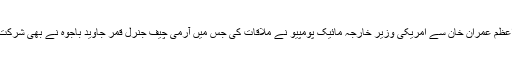
وزیراعظم عمران خان سے امریکی وزیر خارجہ مائیک پومپیو نے ملاقات کی جس میں آرمی چیف جنرل قمر جاوید باجوہ نے بھی شرکت کی ۔